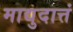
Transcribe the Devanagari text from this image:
माद्युदात्तं